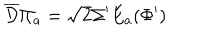
LaTeX: \overline { { { \mathcal D } } } \Pi _ { a } = \sqrt 2 \Sigma ^ { \prime } E _ { a } ( \Phi ^ { \prime } )